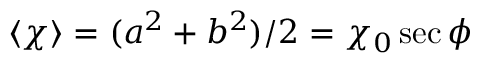
\langle \chi \rangle = ( a ^ { 2 } + b ^ { 2 } ) / 2 = \chi _ { 0 } \sec \phi